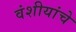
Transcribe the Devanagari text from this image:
वंशीयांचे